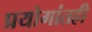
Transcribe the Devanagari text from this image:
प्रयोगांतही